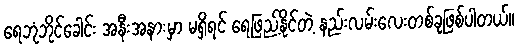
ရေဘုံဘိုင်ခေါင်း အနီးအနားမှာ မရှိရင် ရေဖြည့်နိုင်တဲ့ နည်းလမ်းလေးတစ်ခုဖြစ်ပါတယ်။